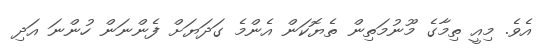
އެވެ. މިއީ ތިމާގެ މޫނުމަތިން ތެޔޮކަން އެންމެ ގަދަޔަށް ފެންނަން ހުންނަ އަދި